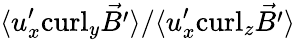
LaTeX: \langle{u}_{x}^{\prime}\mathrm{curl}_{y}\vec{B^{\prime}}\rangle/\langle{u}_{x}^{\prime}\mathrm{curl}_{z}\vec{B^{\prime}}\rangle